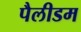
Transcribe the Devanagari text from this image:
पैलीडम